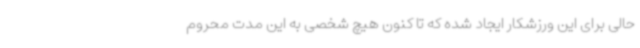
حالی برای این ورزشکار ایجاد شده که تا کنون هیچ شخصی به این مدت محروم